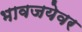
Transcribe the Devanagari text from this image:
भावजयेवर